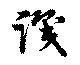
識